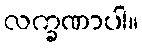
လက္ခဏာပါ။